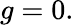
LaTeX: g=0.